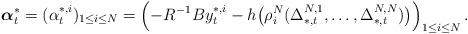
LaTeX: \begin{align*}\boldsymbol{\alpha}_t^*=(\alpha_t^{*,i})_{1\leq i\leq N}=\left(-R^{-1}By_t^{*,i}-h\big(\rho_i^N(\Delta^{N,1}_{*,t},\ldots,\Delta^{N,N}_{*,t})\big)\right)_{1\leq i\leq N}.\end{align*}